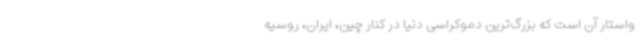
واستار آن است که بزرگ‌ترین دموکراسی دنیا در کنار چین، ایران، روسیه